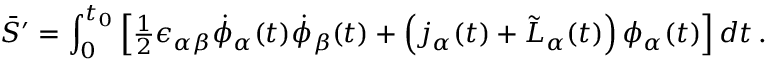
\bar { S } ^ { \prime } = \int _ { 0 } ^ { t _ { 0 } } \left[ { \textstyle { \frac { 1 } { 2 } } } \epsilon _ { \alpha \beta } \dot { \phi } _ { \alpha } ( t ) \dot { \phi } _ { \beta } ( t ) + \left( j _ { \alpha } ( t ) + \tilde { L } _ { \alpha } ( t ) \right) \phi _ { \alpha } ( t ) \right] d t \, .